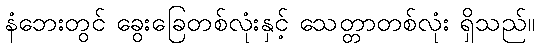
နံဘေးတွင် ခွေးခြေတစ်လုံးနှင့် သေတ္တာတစ်လုံး ရှိသည်။